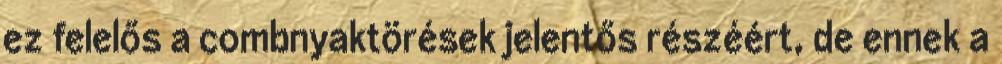
ez felelős a combnyaktörések jelentős részéért, de ennek a